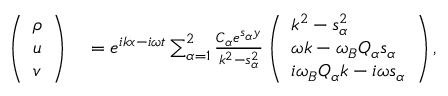
\begin{array} { r l } { \left( \begin{array} { l } { \rho } \\ { u } \\ { v } \end{array} \right) } & { { } = e ^ { i k x - i \omega t } \sum _ { \alpha = 1 } ^ { 2 } \frac { C _ { \alpha } e ^ { s _ { \alpha } y } } { k ^ { 2 } - s _ { \alpha } ^ { 2 } } \left( \begin{array} { l } { k ^ { 2 } - s _ { \alpha } ^ { 2 } } \\ { \omega k - \omega _ { B } Q _ { \alpha } s _ { \alpha } } \\ { i \omega _ { B } Q _ { \alpha } k - i \omega s _ { \alpha } } \end{array} \right) , } \end{array}